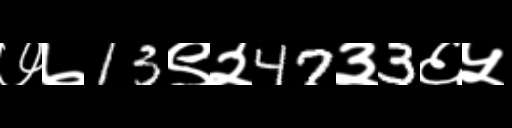
Text: ७७13९२47३3६५